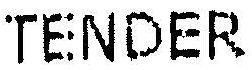
TENDER